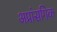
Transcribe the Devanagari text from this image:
अप्रांसगिक